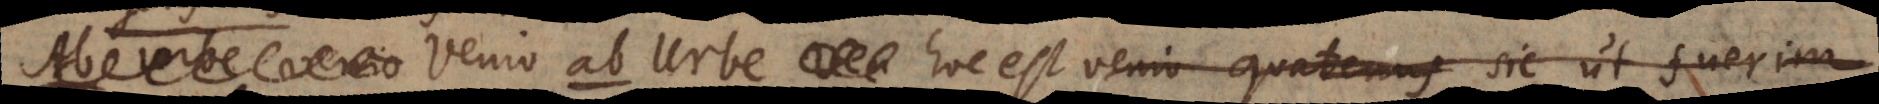
Venio ab Urbe hoc est venio quatenus sic ut fuerim